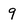
Character: 9